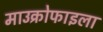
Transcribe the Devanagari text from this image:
माउक्रोफाइला